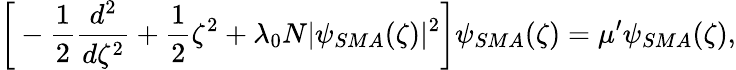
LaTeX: \bigg[-\frac{1}{2}\frac{d^{2}}{d\zeta^{2}}+\frac{1}{2}\zeta^{2}+\lambda_{0}N|\psi_{SMA}(\zeta)|^{2}\bigg]\psi_{SMA}(\zeta)=\mu^{\prime}\psi_{SMA}(\zeta),